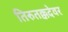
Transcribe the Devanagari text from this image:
तिरुतक्कदेवर